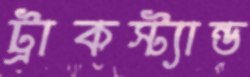
ট্রাকস্ট্যান্ড